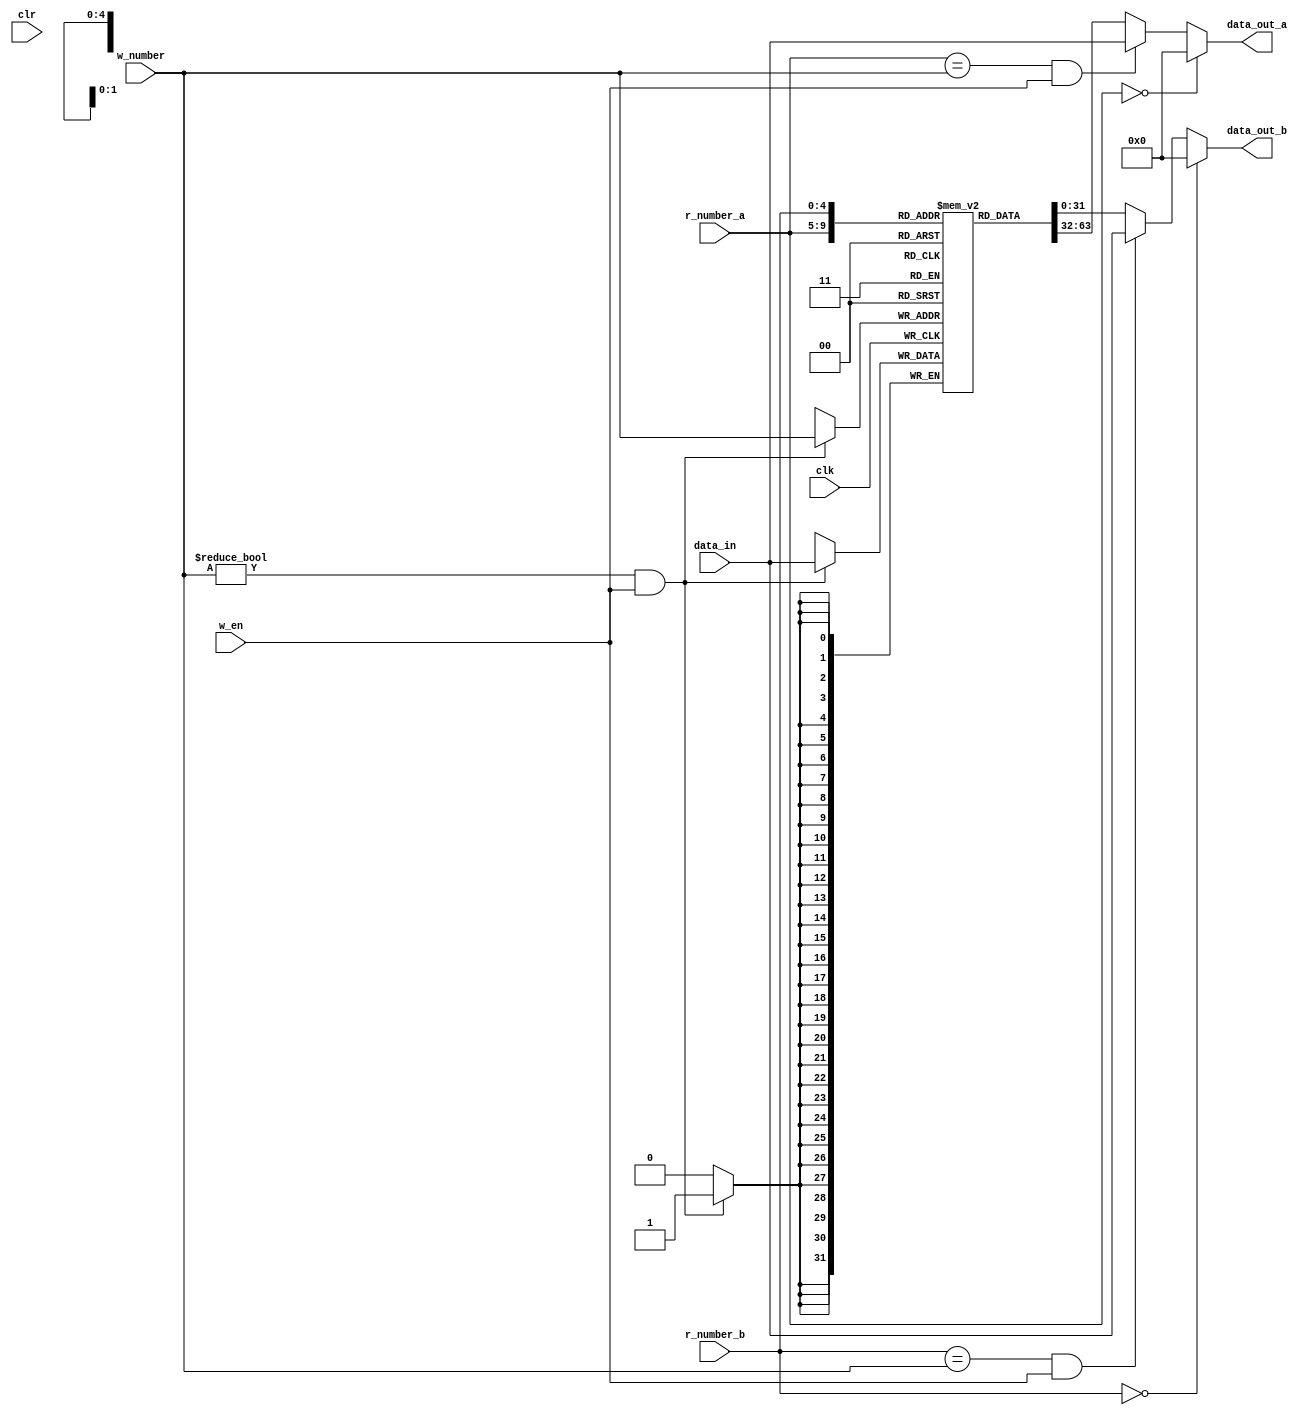
//DESCRIPTION:        This file implements the register file. There are 32 registers
//                    in the system. Register 0 is always 0. Register file has two
//                    read agents and one write agent. Clear signal should be 
//                    synchronized. Data is always ready in one clock cycle.
//
//DATA:               2020-10-10
//
//INTERFACE:          I/O     NAME          DESCRIPTION
//                    input:  r_number_a    5-bit width register address for read 
//                                          agent A
//                            r_number_b    5-bit width register address for read
//                                          agent B
//                            w_number      5-bit width register address for write
//                                          agent
//                            data_in       32-bit data input for write agent
//                            w_en          control for write enable, effective when
//                                          w_en = HIGH
//                            clr           synchronized clear signal, reset when 
//                                          clr = HIGH
//                            clk           clock input
//                    output: data_out_a    32-bit data output for read agent A
//                            data_out_b    32-bit data output for read agent B
//                            
//


module regfile(
  r_number_a,r_number_b,data_out_a,data_out_b,
  w_number,data_in,w_en,clk,clr
);
    //------------------------- Interface description  -----------------------------
    //5-bit register address for read agent A,B and write agent.
    input  [4:0] r_number_a,r_number_b,w_number;

    //32-bit data input for write agent.
    input [31:0] data_in;

    //w_en is control signal for write enable, effective when w_en = HIGH.
    //clk is the clock input.
    //clr is synchronized clear signal, effective when clr = HIGH.
    input        w_en,clk,clr;

    //32-bit data output for read agent A and B.
    output reg [31:0] data_out_a,data_out_b;

    //--------------------------    Module implementation  -------------------------
    reg   [31:0] register [1:31] ;

    //Register 0 is always 0. Implemented by compare the address with zero.
    always @ (*)
    begin
      if(r_number_a==0)
        data_out_a = 32'b0;
      //data forward for WB stage
      else if (r_number_a == w_number & w_en) 
        data_out_a = data_in;
      else
        data_out_a =  register[r_number_a];
    end 

    always @(*)
    begin
      if(r_number_b==0)
        data_out_b = 32'b0;
      //data forward for WB stage
      else if (r_number_b == w_number & w_en) 
        data_out_b = data_in;
      else
        data_out_b =  register[r_number_b];
    end

    
    integer i;
    always @(posedge clk)
    begin
    
    //when w_en is HIGH, write value in the register selected by address of write agent.
     if (w_number!=0 && w_en)
        register[w_number] <= data_in;
    end
endmodule // regfile